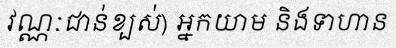
វណ្ណៈជាន់ខ្បស់) អ្នកយាម និងទាហាន